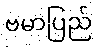
ဗမာပြည်